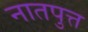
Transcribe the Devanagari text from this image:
नातपुत्त